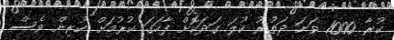
ކުރާ 1000 ވަނަ ދަތުރު ކުލަ ގަދަކޮށް ފާހަގަ ކުރުމަށް ކުރިން ވެސް